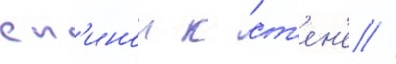
сп'инои к ст'ен'е //